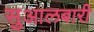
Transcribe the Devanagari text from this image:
सुआलबारी